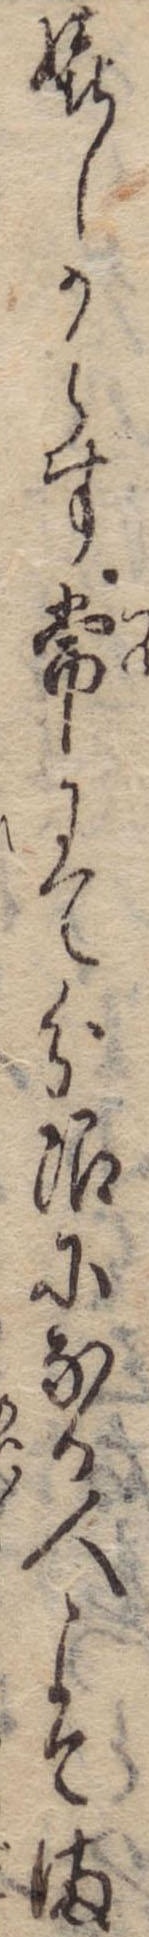
嬉しからす常にて分限になる人こそま